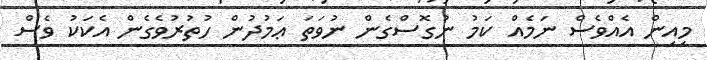
މިއިން އެއްވެސް ނަމެއް ކަމު ނުގޮސްގެން ނުވަތަ ޢަމުދުން ހުތުރުވެގެން އެކަކު ވެސް